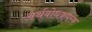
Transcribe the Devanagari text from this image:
अर्थबोधकपरक